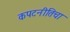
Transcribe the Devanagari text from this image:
कपटनीतिचा